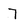
Character: 7